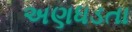
અણધડતા